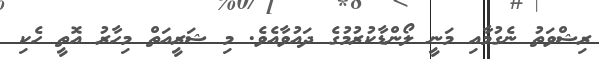
ރިޝްވަތު ނެގުމާއި މަނީ ލޯންޑާކުރުމުގެ ދައުވާއެވެ. މި ޝަރީއަތް މިހާރު އޮތީ ހެކި